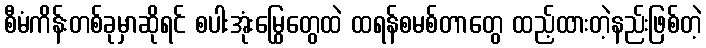
စီမံကိန်းတစ်ခုမှာဆိုရင် စပါးအုံးမြွေတွေထဲ ထရန်စမစ်တာတွေ ထည့်ထားတဲ့နည်းဖြစ်တဲ့